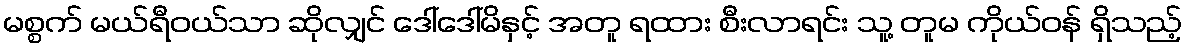
မစ္စက် မယ်ရီဝယ်သာ ဆိုလျှင် ဒေါ်ဒေါ်မိနှင့် အတူ ရထား စီးလာရင်း သူ့ တူမ ကိုယ်ဝန် ရှိသည့်